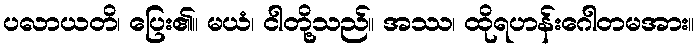
ပလာယတိ၊ ပြေး၏။ မယံ၊ ငါတို့သည်။ အဿ၊ ထိုရဟန်းဂေါတမအား။